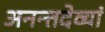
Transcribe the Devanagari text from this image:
अनन्तदेव्यां